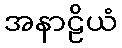
အနာဠိယံ